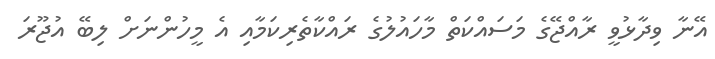
އޭނާ ވިދާޅުވީ ރާއްޖޭގެ މަސައްކަތް މާހައުލުގެ ރައްކާތެރިކަމާއި އެ މީހުންނަށް ލިބޭ އުޖޫރަ